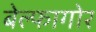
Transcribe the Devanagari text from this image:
बेल्फागोर